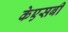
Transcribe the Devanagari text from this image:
केएसबी